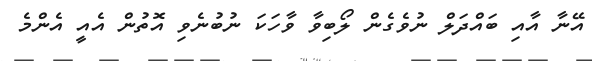
އޭނާ އާއި ބައްދަލް ނުވެގެން ލޯބިވާ ވާހަކަ ނުބުނެވި އޮތުން އެއީ އެންމެ